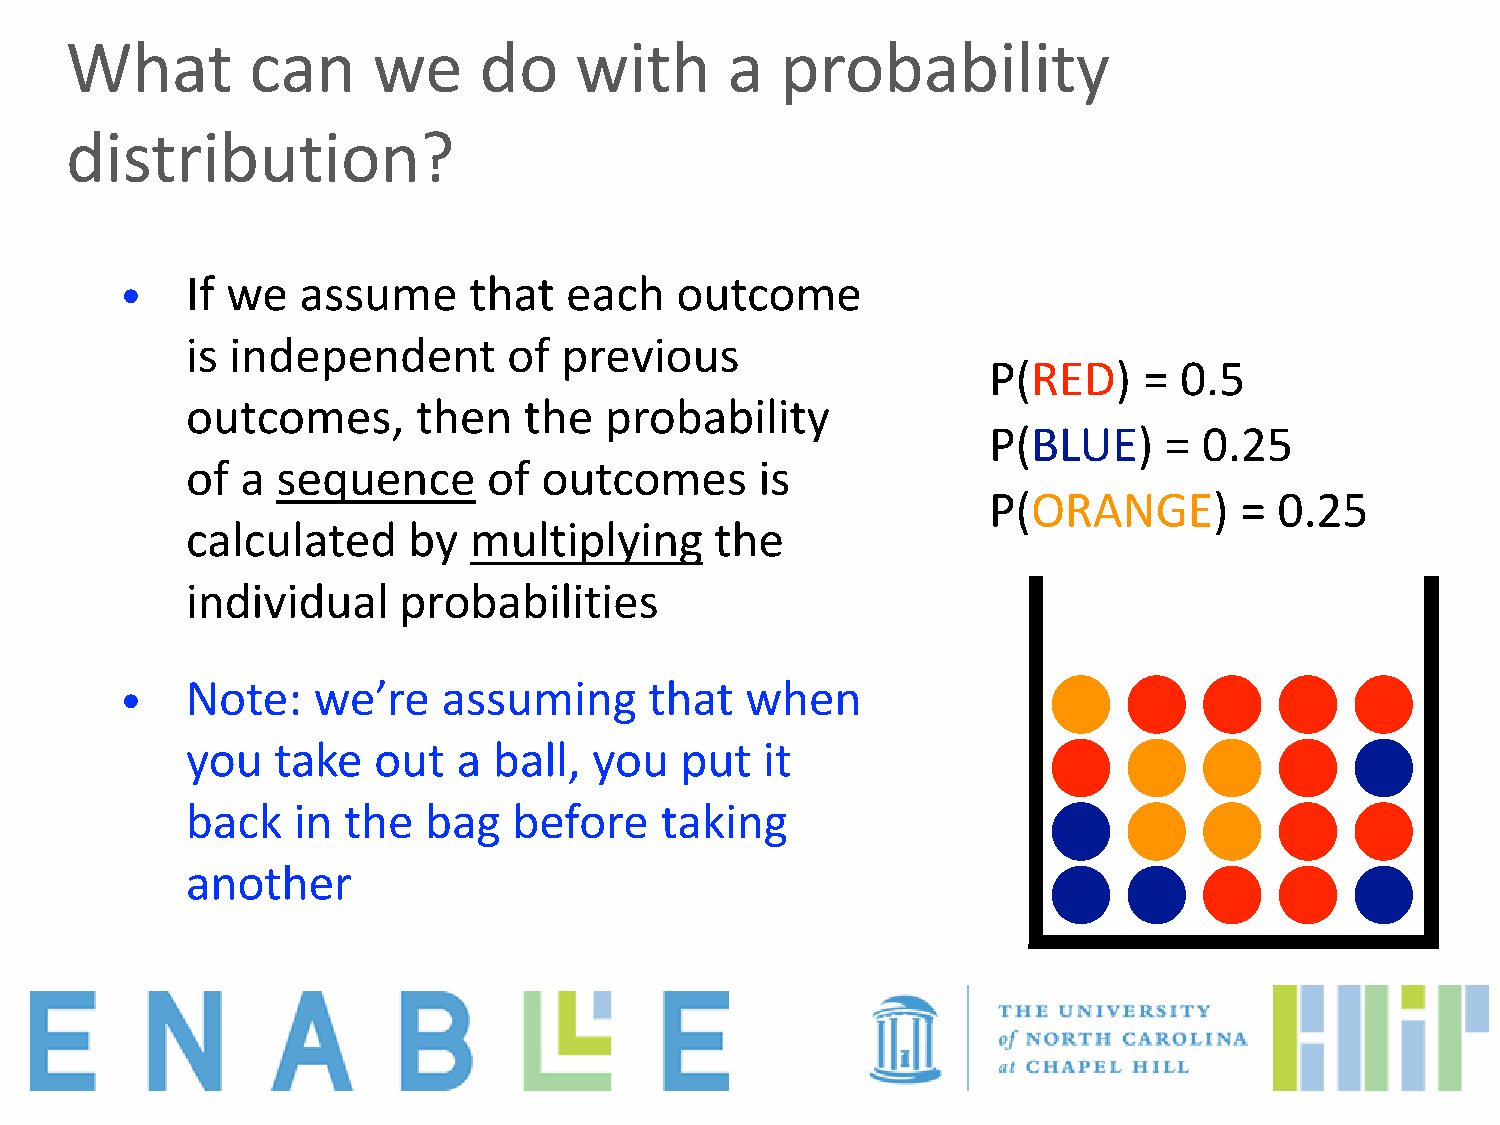
What         can     we     do    with      a   probability
 distribution?
 •   If we   assume     that  each    outcome
 is independent        of previous
 P(RED)     = 0.5
 outcomes,       then   the  probability
 P(BLUE)     =  0.25
 of  a sequence      of  outcomes      is
 P(ORANGE)        =  0.25
 calculated     by  multiplying     the
 individual    probabilities
 •   Note:    we’re   assuming      that  when
 you   take   out  a  ball, you   put   it
 back   in  the  bag   before    taking
 another